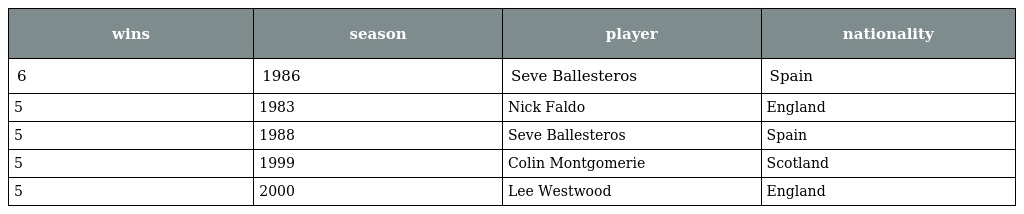
| wins | season | player | nationality |
 | --- | --- | --- | --- |
 | 6 | 1986 | Seve Ballesteros | Spain |
 | 5 | 1983 | Nick Faldo | England |
 | 5 | 1988 | Seve Ballesteros | Spain |
 | 5 | 1999 | Colin Montgomerie | Scotland |
 | 5 | 2000 | Lee Westwood | England |